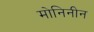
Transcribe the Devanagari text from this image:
मोनिनीन